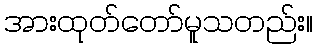
အားထုတ်တော်မူသတည်း။